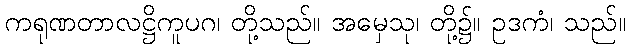
ကရုဏတာလဋ္ဌိကူပဂ၊ တို့သည်။ အမှေသု၊ တို့၌။ ဥဒကံ၊ သည်။